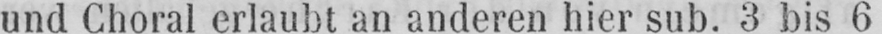
und Choral erlaubt an anderen hier sub. 3 bis 6